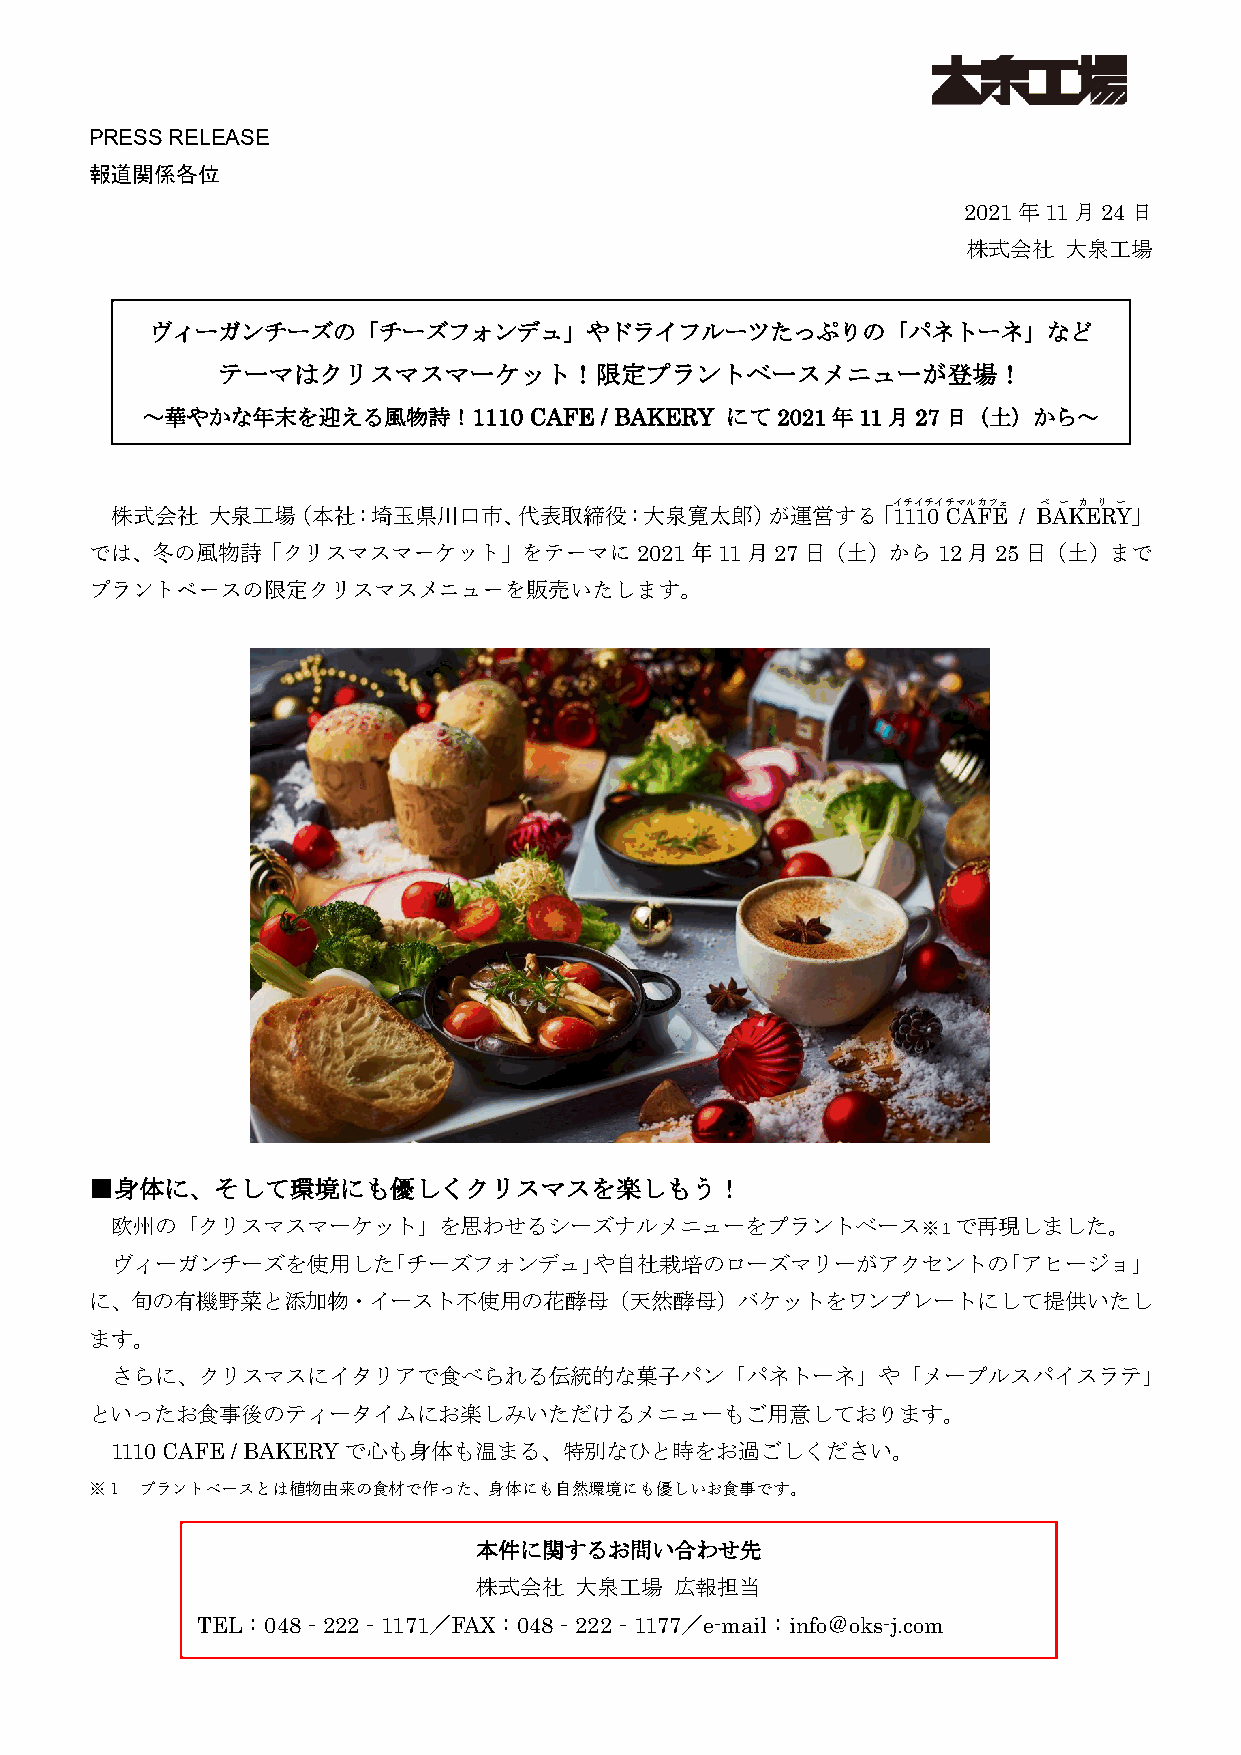
PRESS RELEASE
 報道関係各位
 2021年11月24日
 株式会社  大泉工場
 ヴィーガンチーズの「チーズフォンデュ」やドライフルーツたっぷりの「パネトーネ」など
 テーマはクリスマスマーケット！限定プラントベースメニューが登場！
 ～華やかな年末を迎える風物詩！1110       CAFE / BAKERY にて2021年11月27日（土）から～
 イチイチイチマルカフェ ベ ー カ リ ー
 株式会社   大泉工場（本社：埼玉県川口市、代表取締役：大泉寛太郎）が運営する「1110            CAFE / BAKERY」
 では、冬の風物詩「クリスマスマーケット」をテーマに2021年11月27日（土）から12月25日（土）まで
 プラントベースの限定クリスマスメニューを販売いたします。
 ■身体に、そして環境にも優しくクリスマスを楽しもう！
 欧州の「クリスマスマーケット」を思わせるシーズナルメニューをプラントベース※１で再現しました。
 ヴィーガンチーズを使用した「チーズフォンデュ」や自社栽培のローズマリーがアクセントの「アヒージョ」
 に、旬の有機野菜と添加物・イースト不使用の花酵母（天然酵母）バケットをワンプレートにして提供いたし
 ます。
 さらに、クリスマスにイタリアで食べられる伝統的な菓子パン「パネトーネ」や「メープルスパイスラテ」
 といったお食事後のティータイムにお楽しみいただけるメニューもご用意しております。
 1110 CAFE / BAKERYで心も身体も温まる、特別なひと時をお過ごしください。
 ※１ プラントベースとは植物由来の食材で作った、身体にも自然環境にも優しいお食事です。
 本件に関するお問い合わせ先
 株式会社  大泉工場   広報担当
 TEL：048‐222‐1171／FAX：048‐222‐1177／e-mail：info＠oks-j.com